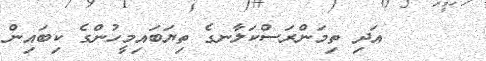
އަދި ތިމަންރަސްކަލާނގެ ތިޔަބައިމީހުންގެ ކިބައިން